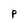
Character: p